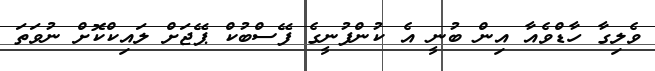
ވެލިގާ ހާޑްވެއާ އިން ބުނީ އެ ކުންފުނީގެ ފޭސްބުކް ޕޭޖަށް ލައިކްކޮށް ނުވަތަ